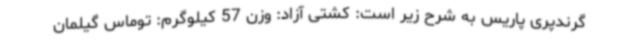
گرندپری پاریس به شرح زیر است: کشتی آزاد: وزن 57 کیلوگرم: توماس گیلمان